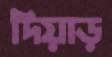
দিয়াড়